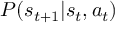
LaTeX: \textstyle P ( s _ { t + 1 } | s _ { t } , a _ { t } )